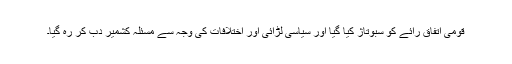
قومی اتفاق رائے کو سبوتاژ کیا گیا اور سیاسی لڑائی اور اختلافات کی وجہ سے مسئلہ کشمیر دب کر رہ گیا۔